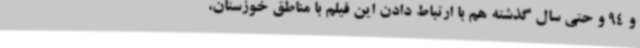
و 94 و حتی سال گذشته هم با ارتباط دادن این فیلم با مناطق خوزستان،